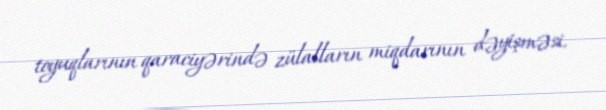
toyuqlarının qaraciyərində zülalların miqdarının dəyişməsi.